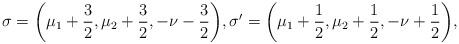
LaTeX: \begin{align*}\sigma=\bigg(\mu_1+\frac{3}{2},\mu_2+\frac{3}{2},-\nu-\frac{3}{2}\bigg),\sigma'=\bigg(\mu_1+\frac{1}{2},\mu_2+\frac{1}{2}, -\nu+\frac{1}{2}\bigg),\end{align*}